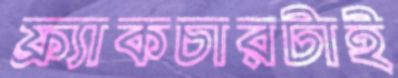
ফ্র্যাকচারটাই